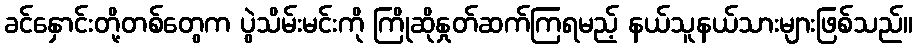
ခင်နှောင်းတို့တစ်တွေက ပွဲသိမ်းမင်းကို ကြိုဆိုနှုတ်ဆက်ကြရမည့် နယ်သူနယ်သားများဖြစ်သည်။